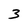
Character: 3